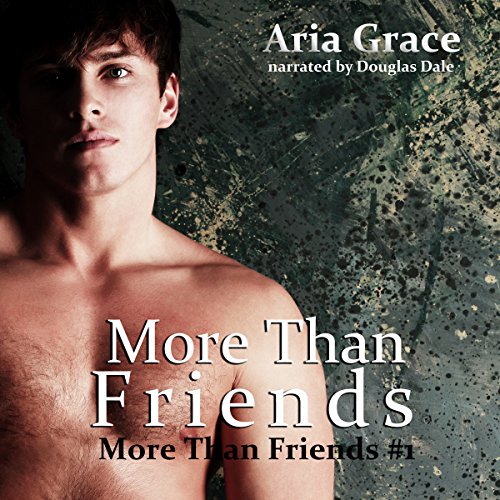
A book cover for More Than Friends: A Gay For You Short Story: More Than Friends, Book 1; Aria Grace; Romance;